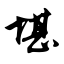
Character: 堪